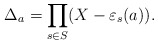
\begin{align*}\Delta_a = \prod_{s\in S}(X - \varepsilon_s(a)).\end{align*}